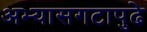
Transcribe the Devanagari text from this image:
अभ्यासगटापुढे